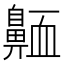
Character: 𪖩